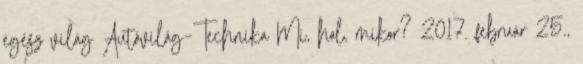
egész világ Autóvilág–Technika Mi, hol, mikor? 2017. február 25.,